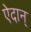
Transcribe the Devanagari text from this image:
ऐदान्